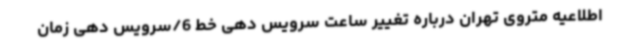
اطلاعیه متروی تهران درباره تغییر ساعت سرویس دهی خط 6/سرویس دهی زمان